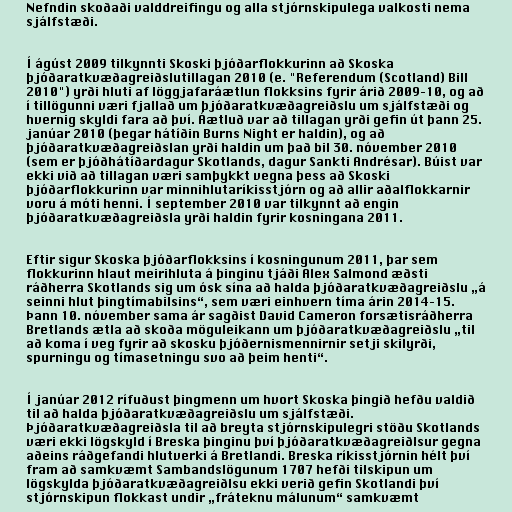
Nefndin skoðaði valddreifingu og alla stjórnskipulega valkosti nema
sjálfstæði.

Í ágúst 2009 tilkynnti Skoski þjóðarflokkurinn að Skoska
þjóðaratkvæðagreiðslutillagan 2010 (e. "Referendum (Scotland) Bill
2010") yrði hluti af löggjafaráætlun flokksins fyrir árið 2009–10, og að
í tillögunni væri fjallað um þjóðaratkvæðagreiðslu um sjálfstæði og
hvernig skyldi fara að því. Áætluð var að tillagan yrði gefin út þann 25.
janúar 2010 (þegar hátíðin Burns Night er haldin), og að
þjóðaratkvæðagreiðslan yrði haldin um það bil 30. nóvember 2010
(sem er þjóðhátíðardagur Skotlands, dagur Sankti Andrésar). Búist var
ekki við að tillagan væri samþykkt vegna þess að Skoski
þjóðarflokkurinn var minnihlutaríkisstjórn og að allir aðalflokkarnir
voru á móti henni. Í september 2010 var tilkynnt að engin
þjóðaratkvæðagreiðsla yrði haldin fyrir kosningana 2011.

Eftir sigur Skoska þjóðarflokksins í kosningunum 2011, þar sem
flokkurinn hlaut meirihluta á þinginu tjáði Alex Salmond æðsti
ráðherra Skotlands sig um ósk sína að halda þjóðaratkvæðagreiðslu „á
seinni hlut þingtímabilsins“, sem væri einhvern tíma árin 2014–15.
Þann 10. nóvember sama ár sagðist David Cameron forsætisráðherra
Bretlands ætla að skoða möguleikann um þjóðaratkvæðagreiðslu „til
að koma í veg fyrir að skosku þjóðernismennirnir setji skilyrði,
spurningu og tímasetningu svo að þeim henti“.

Í janúar 2012 rífuðust þingmenn um hvort Skoska þingið hefðu valdið
til að halda þjóðaratkvæðagreiðslu um sjálfstæði.
Þjóðaratkvæðagreiðsla til að breyta stjórnskipulegri stöðu Skotlands
væri ekki lögskyld í Breska þinginu því þjóðaratkvæðagreiðlsur gegna
aðeins ráðgefandi hlutverki á Bretlandi. Breska ríkisstjórnin hélt því
fram að samkvæmt Sambandslögunum 1707 hefði tilskipun um
lögskylda þjóðaratkvæðagreiðlsu ekki verið gefin Skotlandi því
stjórnskipun flokkast undir „fráteknu málunum“ samkvæmt